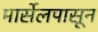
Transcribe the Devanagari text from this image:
मार्सेलपासून